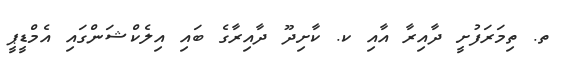
ތ. ތިމަރަފުށީ ދާއިރާ އާއި ކ. ކާށިދޫ ދާއިރާގެ ބައި އިލެކްޝަންގައި އެމްޑީޕީ